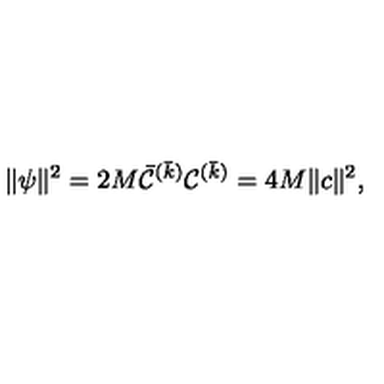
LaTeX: \| \psi \| ^ { 2 } = 2 M { \bar { \cal C } } ^ { ( \bar { k } ) } { \cal C } ^ { ( \bar { k } ) } = 4 M \| c \| ^ { 2 } ,